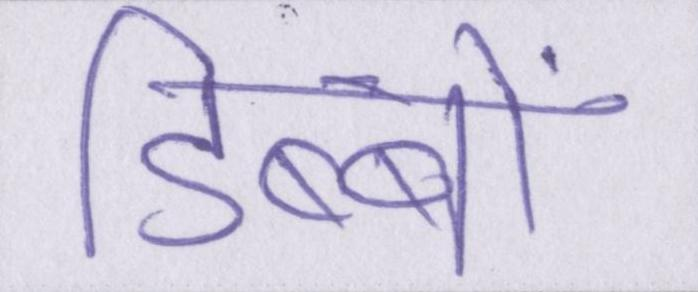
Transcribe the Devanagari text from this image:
डिब्बों